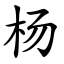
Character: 杨